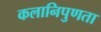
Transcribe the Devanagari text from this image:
कलानिपुणता